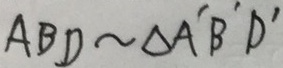
A B D \sim \Delta A ^ { \prime } B ^ { \prime } D ^ { \prime }